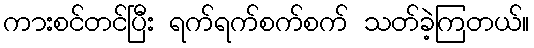
ကားစင်တင်ပြီး ရက်ရက်စက်စက် သတ်ခဲ့ကြတယ်။